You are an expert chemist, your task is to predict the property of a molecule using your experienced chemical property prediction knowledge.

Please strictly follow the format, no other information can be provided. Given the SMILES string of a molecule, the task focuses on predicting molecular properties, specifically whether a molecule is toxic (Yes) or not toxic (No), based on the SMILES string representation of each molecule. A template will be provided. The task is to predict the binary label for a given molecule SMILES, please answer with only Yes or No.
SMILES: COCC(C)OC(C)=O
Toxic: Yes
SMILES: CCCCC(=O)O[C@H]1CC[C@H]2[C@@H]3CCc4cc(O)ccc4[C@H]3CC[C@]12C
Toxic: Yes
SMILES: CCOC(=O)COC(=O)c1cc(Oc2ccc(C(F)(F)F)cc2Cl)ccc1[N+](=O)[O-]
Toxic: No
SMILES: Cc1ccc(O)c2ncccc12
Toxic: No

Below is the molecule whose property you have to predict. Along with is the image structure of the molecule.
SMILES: CCCSSC(CCO)=C(C)N(C=O)Cc1cnc(C)nc1N
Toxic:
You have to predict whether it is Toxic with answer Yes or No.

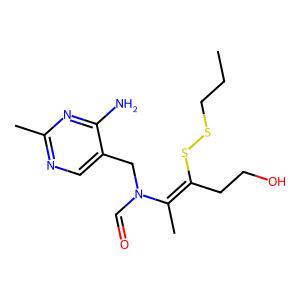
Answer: No